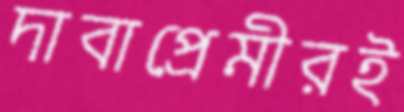
দাবাপ্রেমীরই